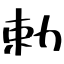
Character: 勅